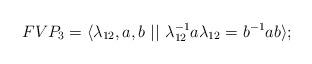
LaTeX: \begin{align*}FVP_3 = \langle \lambda_{12}, a, b~||~\lambda_{12}^{-1} a \lambda_{12} =b^{-1} a b \rangle;\end{align*}